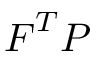
{ \boldsymbol { F } } ^ { T } { \boldsymbol { P } }